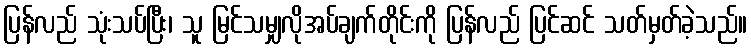
ပြန်လည် သုံးသပ်ပြီး၊ သူ မြင်သမျှလိုအပ်ချက်တိုင်းကို ပြန်လည် ပြင်ဆင် သတ်မှတ်ခဲ့သည်။